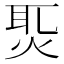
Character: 𤈨